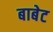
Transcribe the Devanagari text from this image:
बाबेट